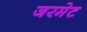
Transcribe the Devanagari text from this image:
जरमेट